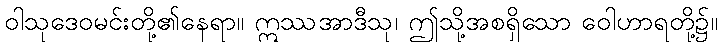
ဝါသုဒေဝမင်းတို့၏နေရာ။ ဣဿအာဒီသု၊ ဤသို့အစရှိသော ဝေါဟာရတို့၌။